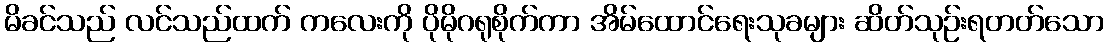
မိခင်သည် လင်သည်ထက် ကလေးကို ပိုမိုဂရုစိုက်ကာ အိမ်ထောင်ရေးသုခများ ဆိတ်သုဉ်းရတတ်သော